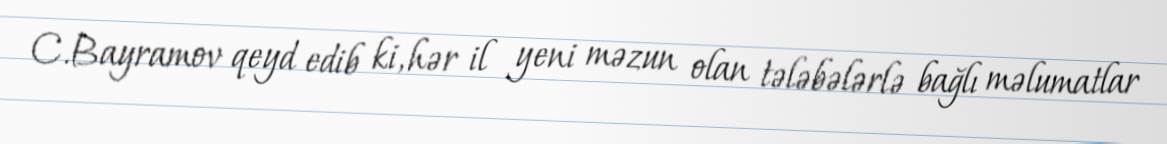
C.Bayramov qeyd edib ki, hər il yeni məzun olan tələbələrlə bağlı məlumatlar